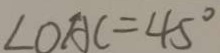
\angle O A C = 4 5 ^ { \circ }